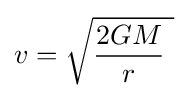
v={\sqrt {{\frac {2GM}{r}}\ }}